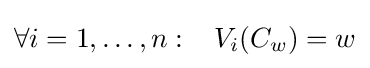
\forall i=1,\ldots ,n:\,\,\,\,\,V_{i}(C_{w})=w